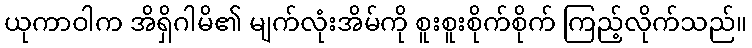
ယုကာဝါက အိရှိဂါမိ၏ မျက်လုံးအိမ်ကို စူးစူးစိုက်စိုက် ကြည့်လိုက်သည်။